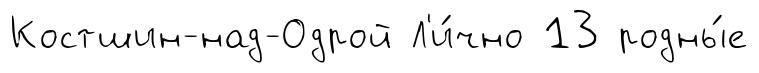
Костшин-над-Одрой Л'и́чно 13 родны́е